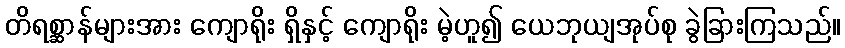
တိရစ္ဆာန်များအား ကျောရိုး ရှိနှင့် ကျောရိုး မဲ့ဟူ၍ ယေဘုယျအုပ်စု ခွဲခြားကြသည်။